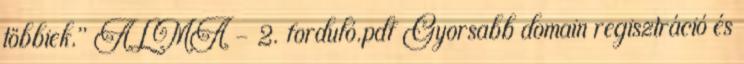
többiek." ALMA - 2. forduló.pdf Gyorsabb domain regisztráció és